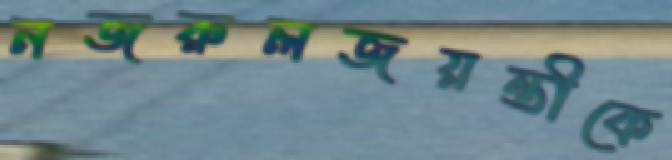
নজরুলজয়ন্তীকে